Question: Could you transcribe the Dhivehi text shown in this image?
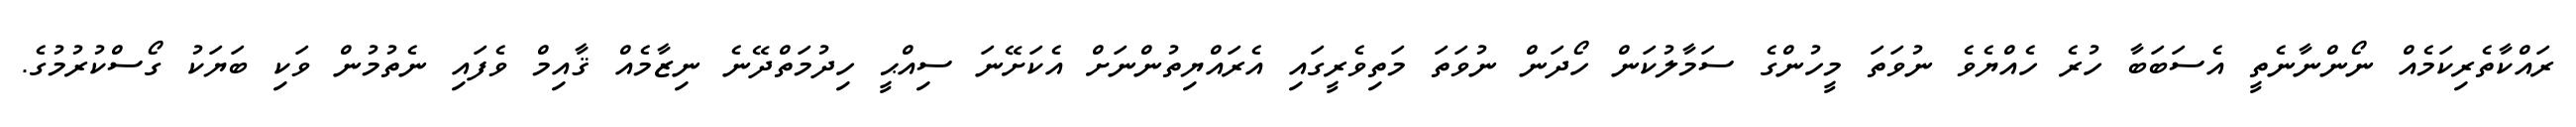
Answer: ރައްކާތެރިކަމެއް ނޯންނާނެތީ އެސަބަބާ ހުރެ ހެއްޔެވެ ނުވަތަ މީހުންގެ ސަމާލުކަން ހޯދަން ނުވަތަ މަތިވެރީގައި އެރައްޔިތުންނަށް އެކަށޭނަ ސިއްޙީ ހިދުމަތްދޭނެ ނިޒާމެއް ޤާއިމް ވެފައި ނެތުމުން ވަކި ބަޔަކު ގޯސްކުރުމުގެ.